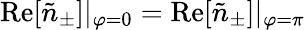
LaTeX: \mathrm{Re}[\tilde{n}_{\pm}]|_{\varphi=0}=\mathrm{Re}[\tilde{n}_{\pm}]|_{\varphi=\pi}